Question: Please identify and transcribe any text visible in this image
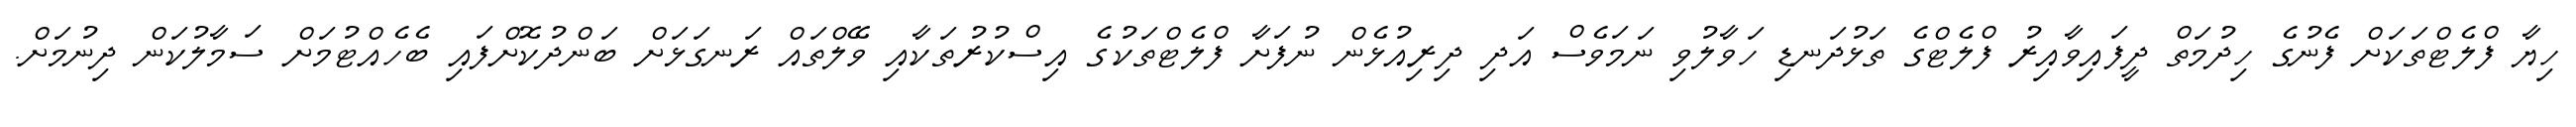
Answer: ހިޔާ ފްލެޓްތަކަށް ފެނުގެ ހިދުމަތް ދީފައިވާއިރު ފްލެޓްގެ ތަޅުދަނޑި ހަވާލުވި ނަމަވެސް އަދި ދިރިއުޅެން ނުފަށާ ފްލެޓްތަކުގެ އިސްކުރުތަކާއި ވޭލްތައް ރަނގަޅަށް ބަންދުކޮށްފައި ބެހެއްޓުމަށް ސަމާލުކަން ދިނުމަށް.